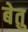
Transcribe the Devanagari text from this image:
बेतु